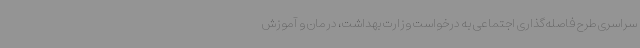
سراسری طرح فاصله‌گذاری اجتماعی به درخواست وزارت بهداشت، درمان و آموزش